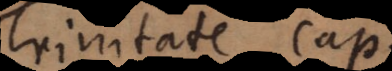
Trinitate cap.